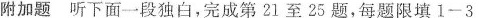
附加题 听下面一段独白,完成第 2l 至 25 题,每题限填 1-3